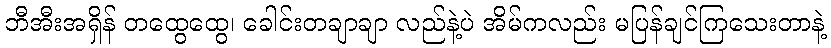
ဘီအီးအရှိန် တထွေထွေ၊ ခေါင်းတချာချာ လည်နဲ့ပဲ အိမ်ကလည်း မပြန်ချင်ကြသေးတာနဲ့